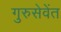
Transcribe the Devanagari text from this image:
गुरुसेवेंत